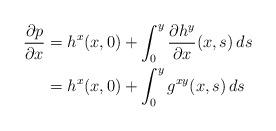
LaTeX: \begin{align*}\frac{\partial p}{\partial x}&= h^x(x,0) + \int_0^y \frac{\partial h^y}{\partial x}(x,s) \, ds\\&= h^x(x,0) + \int_0^y g^{xy}(x,s) \, ds\end{align*}